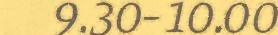
9.30-10.00